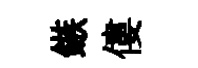
鏃僂